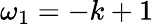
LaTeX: \omega_{1}=-k+1